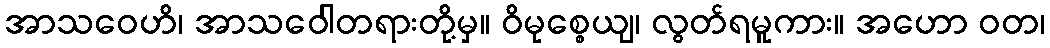
အာသဝေဟိ၊ အာသဝေါတရားတို့မှ။ ဝိမုစ္စေယျ၊ လွတ်ရမူကား။ အဟော ဝတ၊